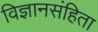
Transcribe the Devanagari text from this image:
विज्ञानसंहिता